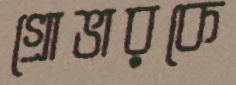
গ্রোভারকে